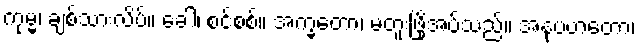
ကုမ္မ၊ ချစ်သားလိပ်။ ခေါ၊ စင်စစ်။ အက္ခတော၊ မတူးဖြိုအပ်သည်။ အနုပဟတော၊